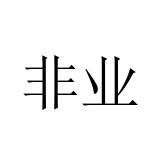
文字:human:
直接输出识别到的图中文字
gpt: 非业